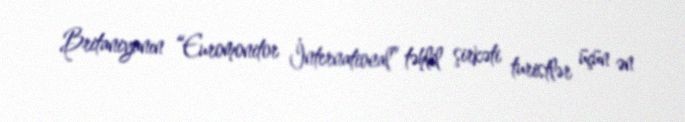
Britaniyanın “Euromonitor İnternational” təhlil şirkəti turistlər üçün ən